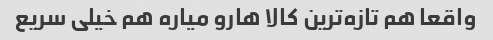
واقعا هم تازه‌ترین کالا هارو میاره هم خیلی سریع